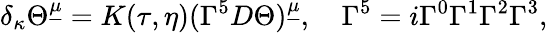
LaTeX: \delta_{\kappa}\Theta^{\underline{{\mu}}}=K(\tau,\eta)(\Gamma^{5}D\Theta)^{\underline{{\mu}}},\quad\Gamma^{5}=i\Gamma^{0}\Gamma^{1}\Gamma^{2}\Gamma^{3},